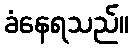
ခံနေရသည်။